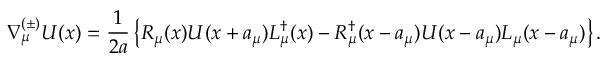
\nabla _ { \mu } ^ { ( \pm ) } U ( x ) = \frac { 1 } { 2 a } \left\{ R _ { \mu } ( x ) U ( x + a _ { \mu } ) L _ { \mu } ^ { \dagger } ( x ) - R _ { \mu } ^ { \dagger } ( x - a _ { \mu } ) U ( x - a _ { \mu } ) L _ { \mu } ( x - a _ { \mu } ) \right\} .